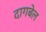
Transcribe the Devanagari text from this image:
दागबेल